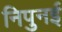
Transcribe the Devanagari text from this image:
निपुनई